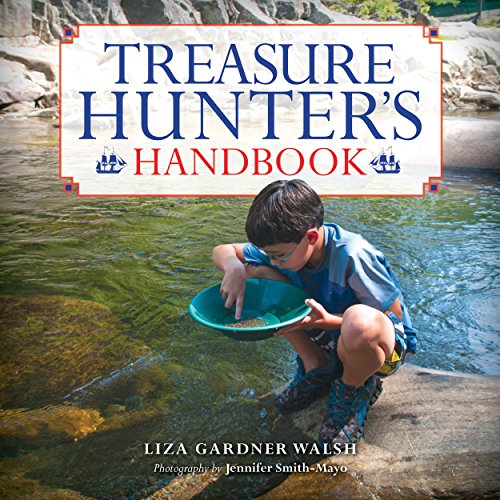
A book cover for Treasure Hunter's Handbook; Liza Gardner Walsh; Children's Books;